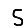
Digit: 5